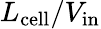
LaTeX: L_{\mathrm{{cell}}}/V_{\mathrm{in}}